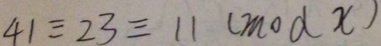
4 1 \equiv 2 3 \equiv 1 1 ( m o d x )